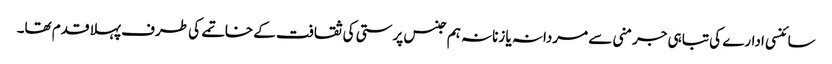
سائنسی ادارے کی تباہی جرمنی سے مردانہ یا زنانہ ہم جنس پرستی کی ثقافت کے خاتمے کی طرف پہلا قدم تھا۔